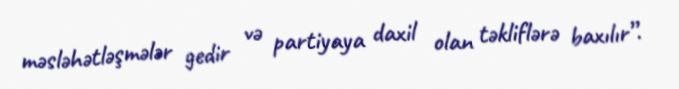
məsləhətləşmələr gedir və partiyaya daxil olan təkliflərə baxılır”.